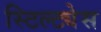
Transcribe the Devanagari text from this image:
स्टिल्ट्येस